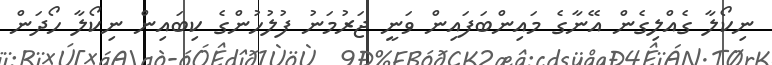
ނިކޯލާ ގެއްލިގެން އޭނާގެ މައިންބަފައިން ވަނީ ޖަރުމަނު ފުލުހުންގެ ކިބައިން ނިކޯލާ ހޯދަން